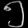
Digit: ၅